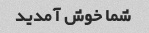
شما خوش آمدید